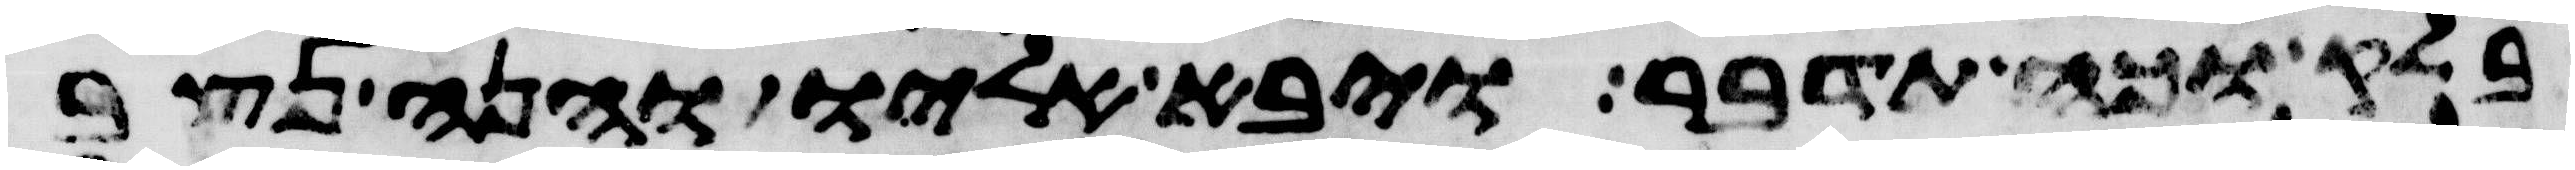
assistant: בלק וכה תדבר ויבא אליו והנה נצב